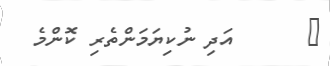
٧      އަދި ނުކިޔަމަންތެރި ކޮންމެ